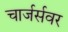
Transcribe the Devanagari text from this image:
चार्जर्सवर